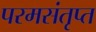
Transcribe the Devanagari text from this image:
परमसंतृप्त